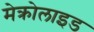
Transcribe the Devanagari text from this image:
मेक्रोलाइड